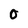
Character: O